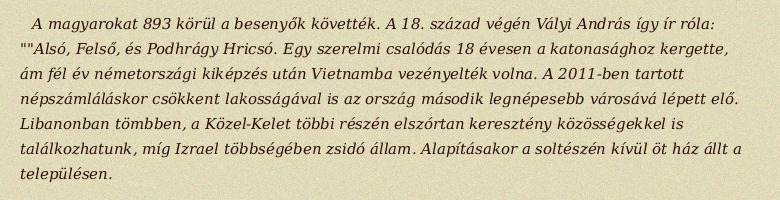
A magyarokat 893 körül a besenyők követték. A 18. század végén Vályi András így ír róla: ""Alsó, Felső, és Podhrágy Hricsó. Egy szerelmi csalódás 18 évesen a katonasághoz kergette, ám fél év németországi kiképzés után Vietnamba vezényelték volna. A 2011-ben tartott népszámláláskor csökkent lakosságával is az ország második legnépesebb városává lépett elő. Libanonban tömbben, a Közel-Kelet többi részén elszórtan keresztény közösségekkel is találkozhatunk, míg Izrael többségében zsidó állam. Alapításakor a soltészén kívül öt ház állt a településen.